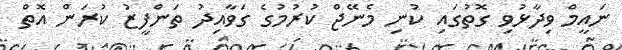
ނައީމް ވިދާޅުވި ގޮތުގައި ކުނި މެނޭޖް ކުރުމުގެ ގަވާއިދު ތަންފީޒު ކުރަން އޮތް